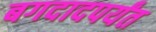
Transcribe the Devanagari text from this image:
बगदादपर्यंत